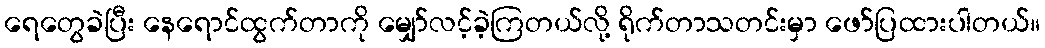
ရေတွေခဲပြီး နေရောင်ထွက်တာကို မျှော်လင့်ခဲ့ကြတယ်လို့ ရိုက်တာသတင်းမှာ ဖော်ပြထားပါတယ်။